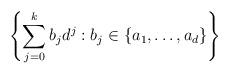
LaTeX: \begin{align*} \left\{\sum_{j=0}^k b_jd^j : b_j \in \{a_1, \ldots, a_d\} \right\}\end{align*}